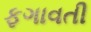
ફગાવતી